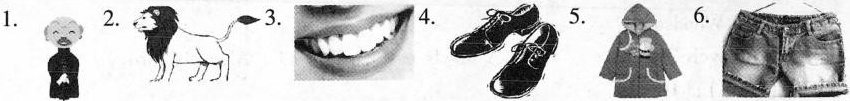
1.2.3.4.5.6.